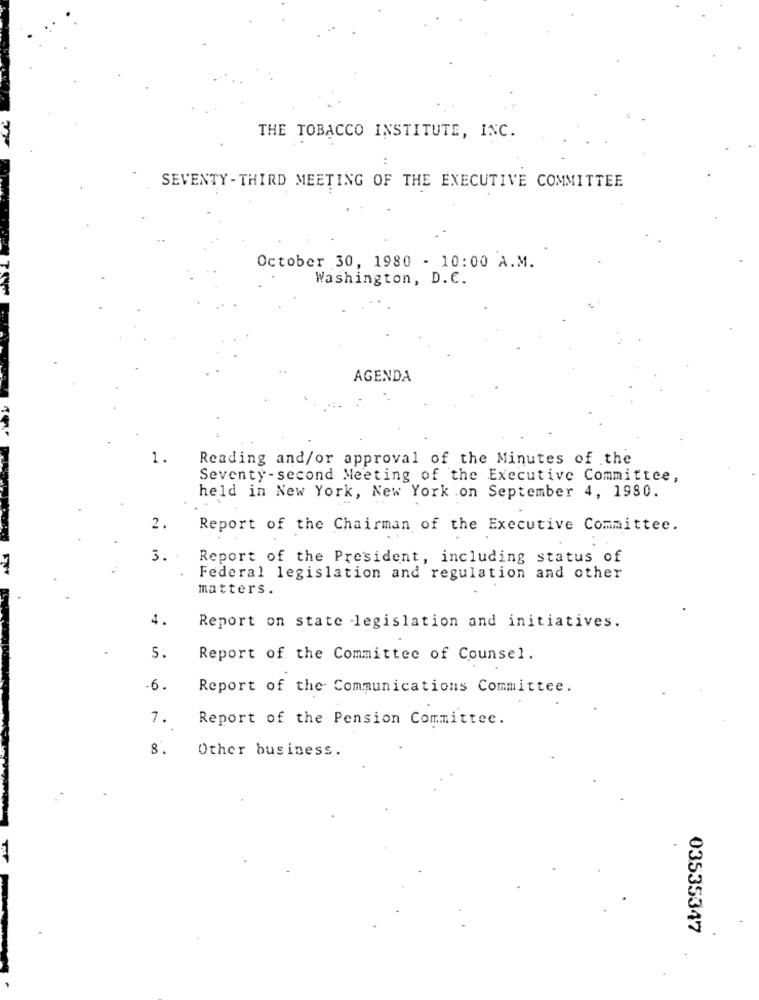
THE TOBACCO INSTITUTE, INC.
SEVENTY- THIRD MEETING OF THE EXECUTIVE COMMITTEE
October 30, 1980 - 10:00 A.M.
Washington, D. C.
AGENDA
1.
Reading and/or approval of the Minutes of the
Seventy-second Meeting of the Executive Committee,
held in New York, New York .on September 4, 1980.
2.
Report of the Chairman of the Executive Committee.
3 .-
Report of the President, including status of
Federal legislation and regulation and other
matters .
4.
Report on state -legislation and initiatives.
5.
Report of the Committee of Counsel.
-6.
Report of the Communications Committee.
7.
Report of the Pension Committee.
8.
Other business.
03535347